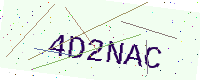
Text: 4D2NAC